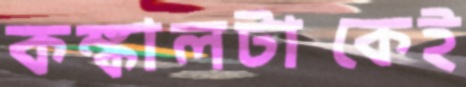
কঙ্কালটাকেই